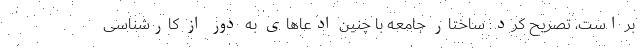
بر است، تصریح کرد: ساختار جامعه با چنین ادعاهای به دور از کارشناسی